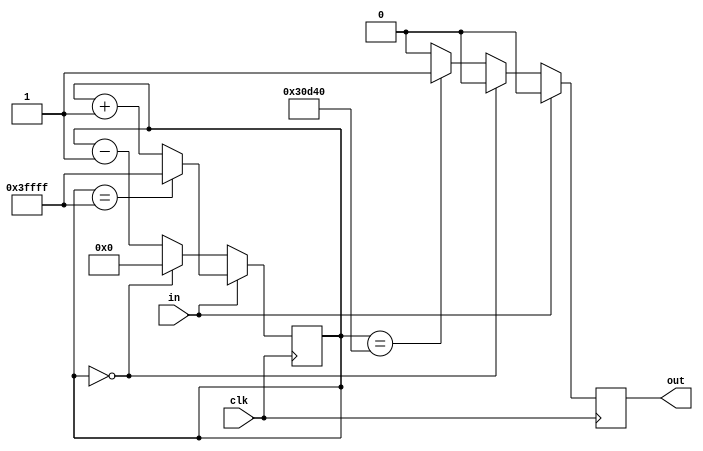
`timescale 1ns / 1ps
//////////////////////////////////////////////////////////////////////////////////
// Company: 
// Engineer: 
// 
// Design Name: 
// Module Name:    debouncer 
// Project Name: 
// Target Devices: 
// Tool versions: 
// Description: 
//
// Dependencies: 
//
// Revision: 
// Revision 0.01 - File Created
// Additional Comments: 
//
//////////////////////////////////////////////////////////////////////////////////
module debouncer(
	input wire clk,
	input wire in,
	output reg out
    );
	
	reg [17:0] counter;
	
	always @(posedge clk) begin
		if(in == 1'b1) begin
			if(counter == 18'b111111111111111111)
				counter <= 18'b111111111111111111;
			else
				counter <= counter + 1'b1;
			out <= 0;
		end
		else begin
			if(counter == 18'd0) begin
				counter <= 18'd0;
				out <= 0;
			end
			else begin
				counter <= counter - 1'b1;
				if (counter == 18'd200000)
					out <= 1;
				else 
					out <= 0;
			end
		end
			
	end

endmodule